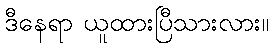
ဒီနေရာ ယူထားပြီသားလား။